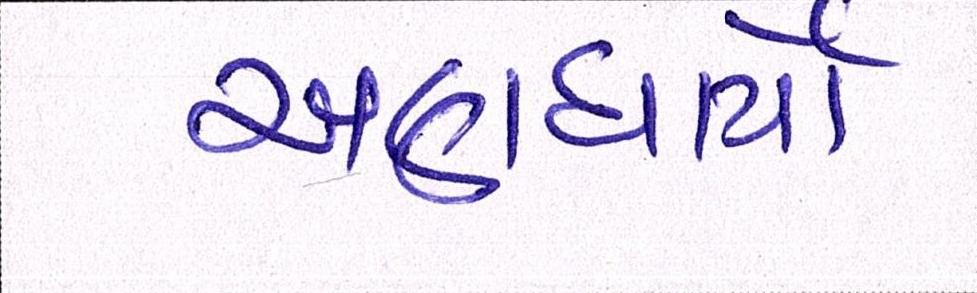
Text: અણધાર્યો